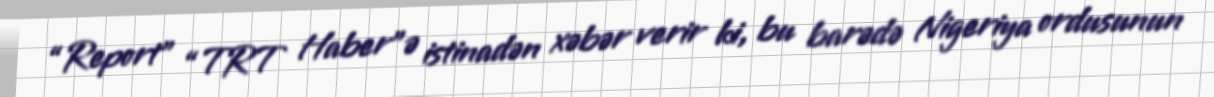
“Report” “TRT Haber”ə istinadən xəbər verir ki, bu barədə Nigeriya ordusunun